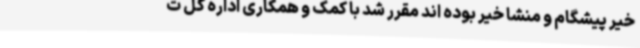
خیر پیشگام و منشا خیر بوده اند مقرر شد با کمک و همکاری اداره کل ت